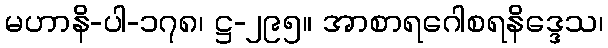
မဟာနိ-ပါ-၁၇၈၊ ဋ္ဌ-၂၉၅။ အာစာရဂေါစရနိဒ္ဒေသ၊